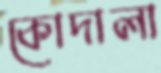
কোদালা